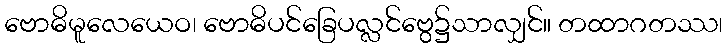
ဗောဓိမူလေယေဝ၊ ဗောဓိပင်ခြေပလ္လင်ဗွေ၌သာလျှင်။ တထာဂတဿ၊